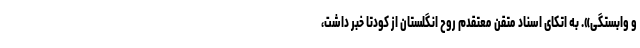
و وابستگی». به اتکای اسناد متقن معتقدم روح انگلستان از کودتا خبر داشت،